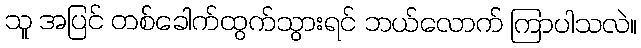
သူ အပြင် တစ်ခေါက်ထွက်သွားရင် ဘယ်လောက် ကြာပါသလဲ။